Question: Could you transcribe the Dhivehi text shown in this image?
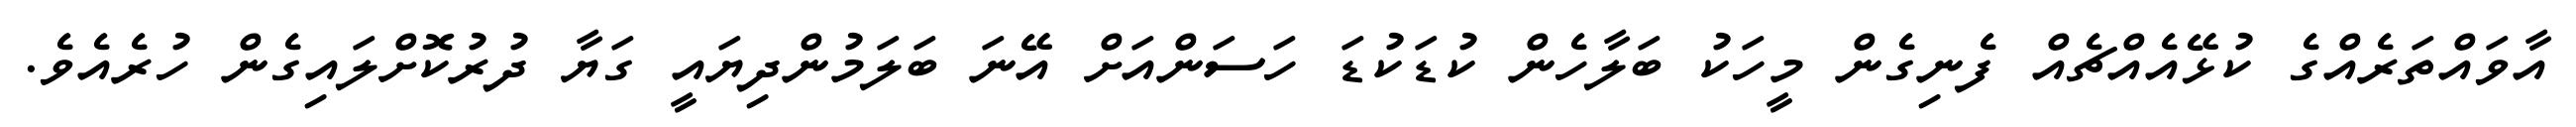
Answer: އާވައްތަރެއްގެ ކުޅޭއެއްޗެއް ފެނިގެން މީހަކު ބަލާހެން ކުޑަކުޑަ ހަސަންއަށް އޭނަ ބަލަމުންދިޔައީ ގަޔާ ދުރުކޮށްލައިގެން ހުރެއެވެ.